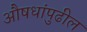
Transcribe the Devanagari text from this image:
औषधांपुढील